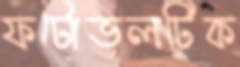
ফটোভলটিক